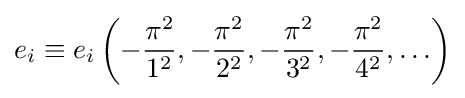
e_{i}\equiv e_{i}\left(-{\frac {\pi ^{2}}{1^{2}}},-{\frac {\pi ^{2}}{2^{2}}},-{\frac {\pi ^{2}}{3^{2}}},-{\frac {\pi ^{2}}{4^{2}}},\ldots \right)